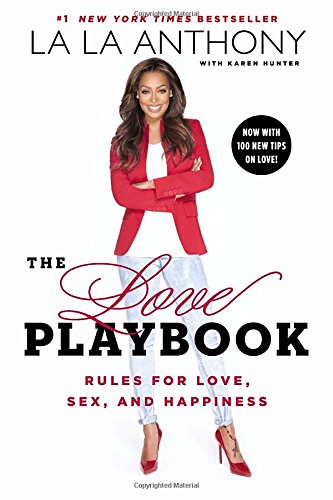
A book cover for The Love Playbook: Rules for Love, Sex, and Happiness; La La Anthony; Self-Help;